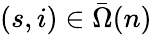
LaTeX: (s,i)\in\bar{\Omega}(n)